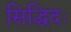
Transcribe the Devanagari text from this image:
सिद्धिदः